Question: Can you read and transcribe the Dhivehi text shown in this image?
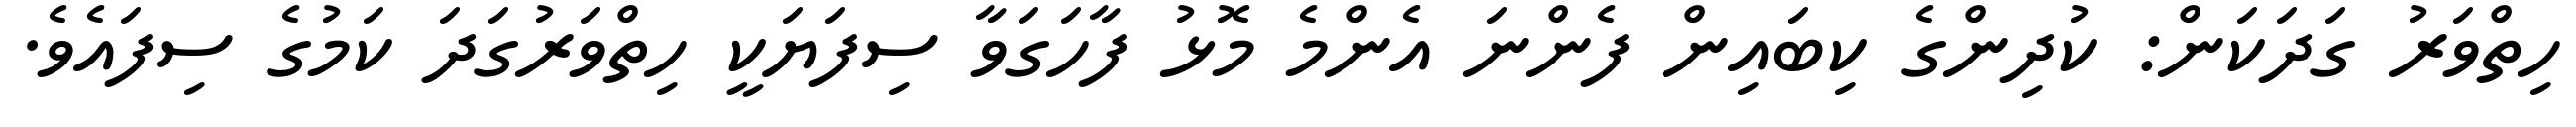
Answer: ހިތްވަރު ގަދަކަން: ކުދިންގެ ކިބައިން ފެންނަ އެންމެ މޮޅު ފާހަގަވާ ސިފަޔަކީ ހިތްވަރުގަދަ ކަމުގެ ސިފައެވެ.